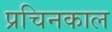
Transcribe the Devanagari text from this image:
प्रचिनकाल